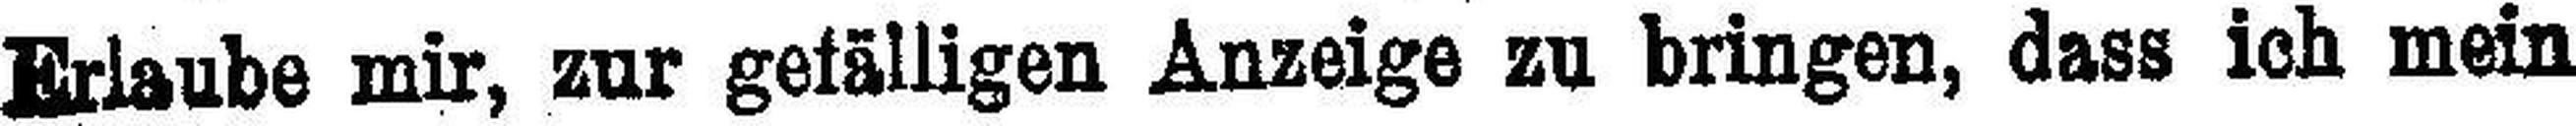
Erlaube mir, zur gefälligen Anzeige zu bringen, dass ich mein